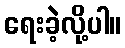
ရေးခဲ့လို့ပါ။